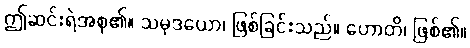
ဤဆင်းရဲအစု၏။ သမုဒယော၊ ဖြစ်ခြင်းသည်။ ဟောတိ၊ ဖြစ်၏။